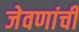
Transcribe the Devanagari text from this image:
जेवणांची